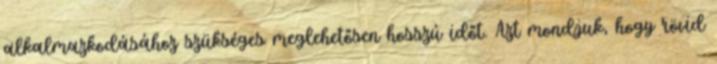
alkalmazkodásához szükséges meglehetősen hosszú időt. Azt mondjuk, hogy rövid